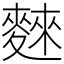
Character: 麳